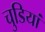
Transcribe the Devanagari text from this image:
चुडियां